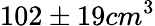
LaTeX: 102\pm 19cm^{3}